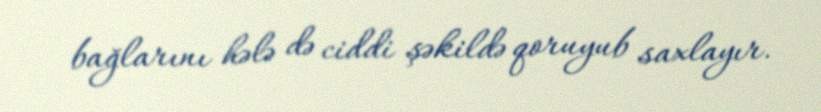
bağlarını hələ də ciddi şəkildə qoruyub saxlayır.